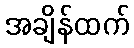
အချိန်ထက်